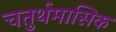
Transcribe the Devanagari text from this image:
चतुर्थमासिक